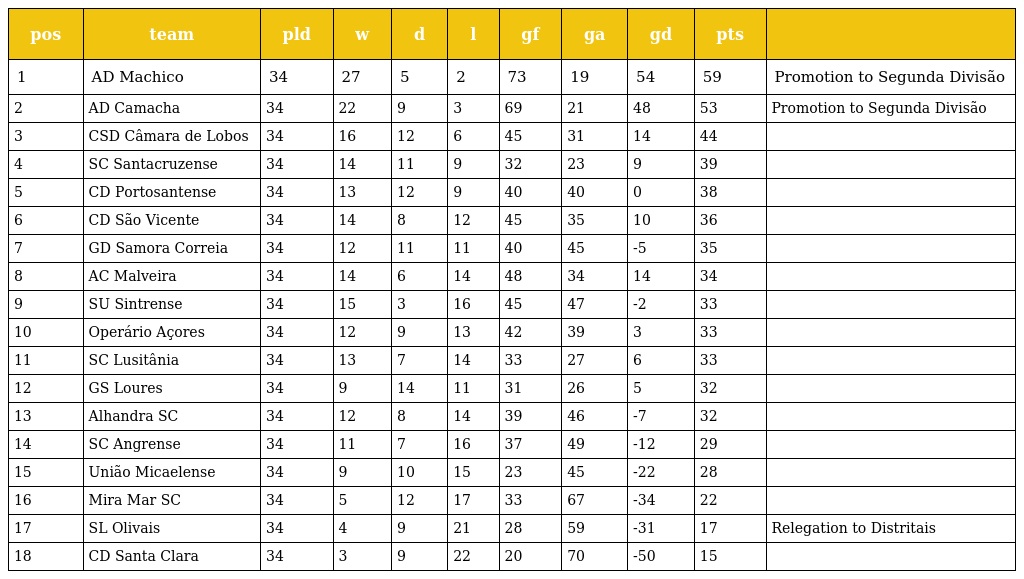
| pos | team | pld | w | d | l | gf | ga | gd | pts |  |
 | --- | --- | --- | --- | --- | --- | --- | --- | --- | --- | --- |
 | 1 | AD Machico | 34 | 27 | 5 | 2 | 73 | 19 | 54 | 59 | Promotion to Segunda Divisão |
 | 2 | AD Camacha | 34 | 22 | 9 | 3 | 69 | 21 | 48 | 53 | Promotion to Segunda Divisão |
 | 3 | CSD Câmara de Lobos | 34 | 16 | 12 | 6 | 45 | 31 | 14 | 44 |  |
 | 4 | SC Santacruzense | 34 | 14 | 11 | 9 | 32 | 23 | 9 | 39 |  |
 | 5 | CD Portosantense | 34 | 13 | 12 | 9 | 40 | 40 | 0 | 38 |  |
 | 6 | CD São Vicente | 34 | 14 | 8 | 12 | 45 | 35 | 10 | 36 |  |
 | 7 | GD Samora Correia | 34 | 12 | 11 | 11 | 40 | 45 | -5 | 35 |  |
 | 8 | AC Malveira | 34 | 14 | 6 | 14 | 48 | 34 | 14 | 34 |  |
 | 9 | SU Sintrense | 34 | 15 | 3 | 16 | 45 | 47 | -2 | 33 |  |
 | 10 | Operário Açores | 34 | 12 | 9 | 13 | 42 | 39 | 3 | 33 |  |
 | 11 | SC Lusitânia | 34 | 13 | 7 | 14 | 33 | 27 | 6 | 33 |  |
 | 12 | GS Loures | 34 | 9 | 14 | 11 | 31 | 26 | 5 | 32 |  |
 | 13 | Alhandra SC | 34 | 12 | 8 | 14 | 39 | 46 | -7 | 32 |  |
 | 14 | SC Angrense | 34 | 11 | 7 | 16 | 37 | 49 | -12 | 29 |  |
 | 15 | União Micaelense | 34 | 9 | 10 | 15 | 23 | 45 | -22 | 28 |  |
 | 16 | Mira Mar SC | 34 | 5 | 12 | 17 | 33 | 67 | -34 | 22 |  |
 | 17 | SL Olivais | 34 | 4 | 9 | 21 | 28 | 59 | -31 | 17 | Relegation to Distritais |
 | 18 | CD Santa Clara | 34 | 3 | 9 | 22 | 20 | 70 | -50 | 15 |  |